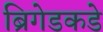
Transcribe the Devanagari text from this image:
ब्रिगेडकडे